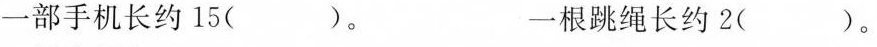
一部手机长约15( )。 一根跳绳长约2( )。